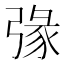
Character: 𢐄